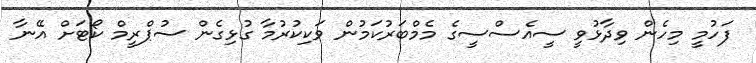
ފަހުމީ މިހެން ވިދާޅުވީ ސީއެސްސީގެ މެމްބަރުކަމުން ވަކިކުރުމާ ގުޅިގެން ސުޕްރީމް ކޯޓަށް އޭނާ